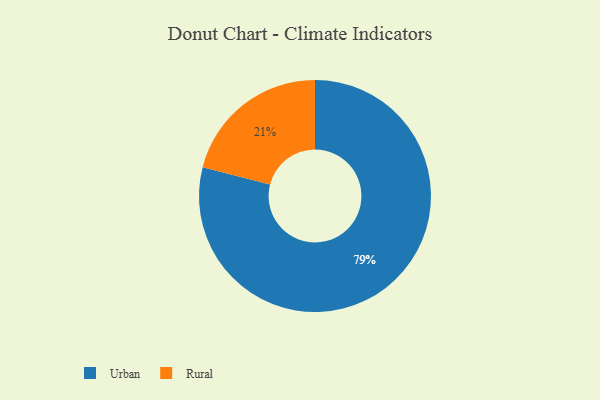
{"axis": {"x": "Category", "y": "Percentage"}, "legend": ["Rural", "Urban"], "data": [{"x": "Urban", "y": 79, "type": "Urban"}, {"x": "Rural", "y": 21, "type": "Rural"}]}